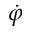
\dot { \varphi }